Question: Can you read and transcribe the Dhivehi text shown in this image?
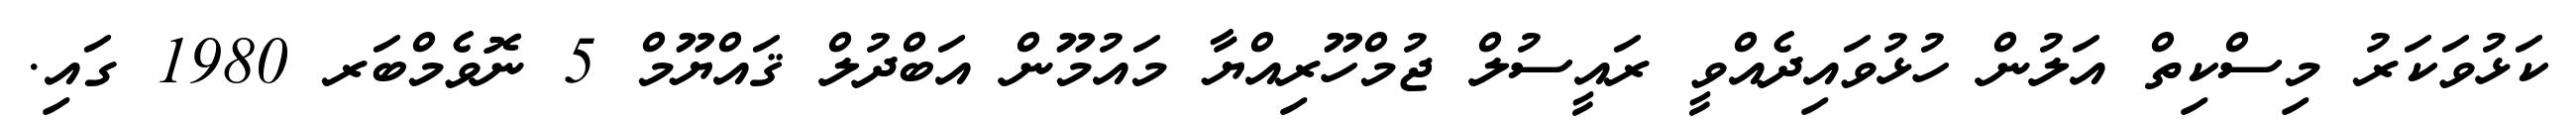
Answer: ކަޅުވަކަރު މިސްކިތް އަލުން ހުޅުވައިދެއްވީ ރައީސުލް ޖުމްހޫރިއްޔާ މައުމޫން އަބްދުލް ޤައްޔޫމް 5 ނޮވެމްބަރ 1980 ގައި.